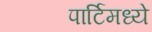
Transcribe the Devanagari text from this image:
पार्टिमध्ये